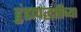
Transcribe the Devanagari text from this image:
हुंडापद्धतीच्या